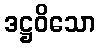
ဒဋ္ဌဝိသော